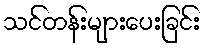
သင်တန်းများပေးခြင်း